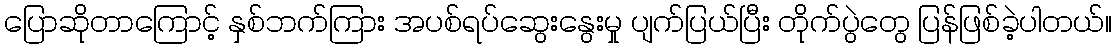
ပြောဆိုတာကြောင့် နှစ်ဘက်ကြား အပစ်ရပ်ဆွေးနွေးမှု ပျက်ပြယ်ပြီး တိုက်ပွဲတွေ ပြန်ဖြစ်ခဲ့ပါတယ်။